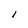
Character: i